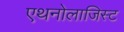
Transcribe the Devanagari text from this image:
एथनोलाजिस्ट